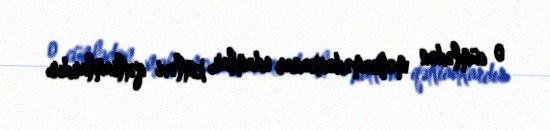
o cümlədən məhkəmədənkənar edamlar, kütləvi qətliamlardır.